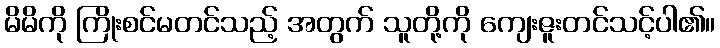
မိမိကို ကြိုးစင်မတင်သည့် အတွက် သူတို့ကို ကျေးဇူးတင်သင့်ပါ၏။